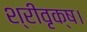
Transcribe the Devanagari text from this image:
श्रीवृक्ष।